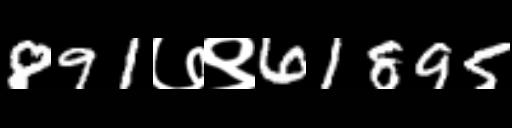
Text: 891७९61895